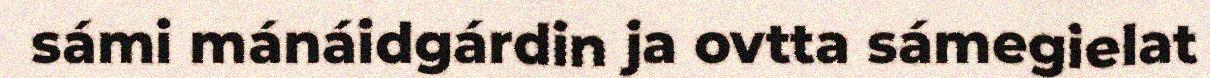
sámi mánáidgárdin ja ovtta sámegielat